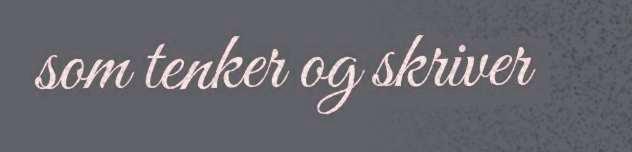
som tenker og skriver